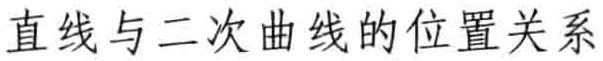
直线与二次曲线的位置关系